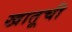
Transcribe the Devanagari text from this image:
खातूची